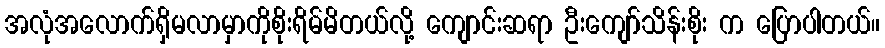
အလုံအလောက်ရှိမလာမှာကိုစိုးရိမ်မိတယ်လို့ ကျောင်းဆရာ ဦးကျော်သိန်းစိုး က ပြောပါတယ်။